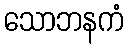
သောဘနကံ